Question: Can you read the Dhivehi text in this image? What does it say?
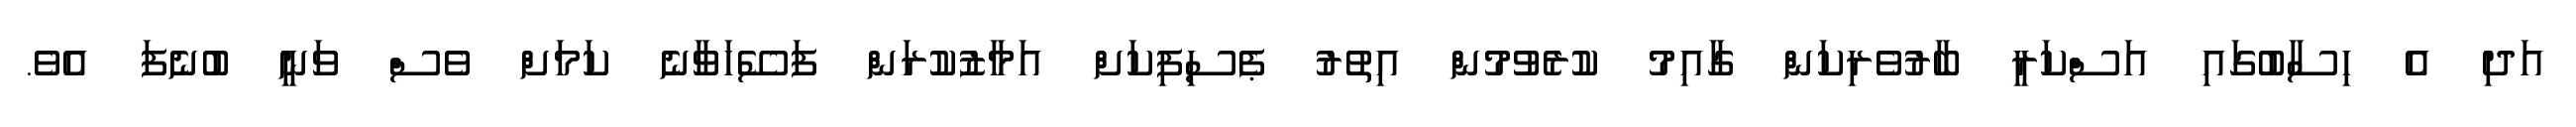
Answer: އަދި އެ ހިސާބުގައި އަސްކަރީ ބާރުވެރިކަން ގާއިމު ކުރެވުމުން އިތުރު ޕެސިފިކަށް އަމާޒުކުރަން ފަސޭހަވާނެ ކަމަށް ވެސް ވަނީ ބުނެފަ އެވެ.